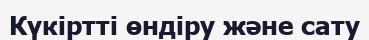
Күкіртті өндіру және сату